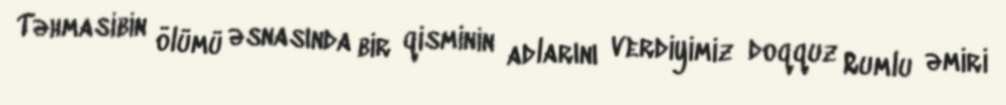
Təhmasibin ölümü əsnasında bir qisminin adlarını verdiyimiz doqquz Rumlu əmiri